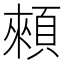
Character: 顂